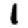
Digit: 1